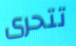
تتحرى